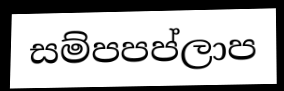
සම්පපප්ලාප